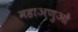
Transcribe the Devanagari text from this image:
महाअणुओं